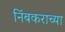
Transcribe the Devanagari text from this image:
निंबकराच्या